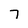
Character: 7